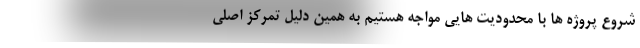
شروع پروژه ها با محدودیت هایی مواجه هستیم به همین دلیل تمرکز اصلی